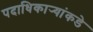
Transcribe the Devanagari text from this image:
पदाधिकार्‍यांकडे